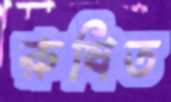
রুষিত